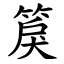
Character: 䈆